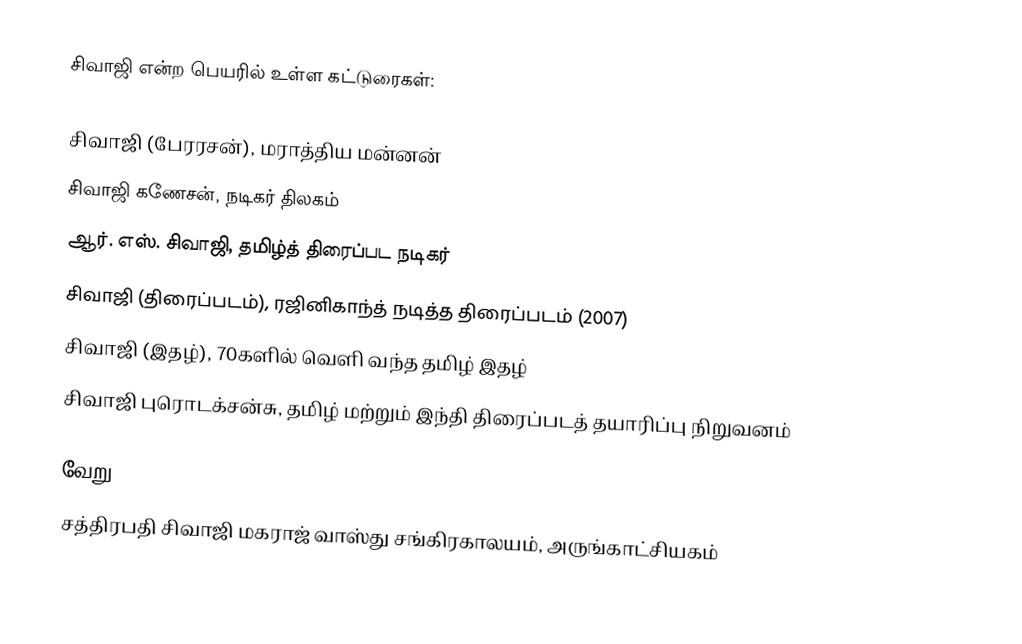
சிவாஜி என்ற பெயரில் உள்ள கட்டுரைகள்:

சிவாஜி (பேரரசன்), மராத்திய மன்னன்
சிவாஜி கணேசன், நடிகர் திலகம்
ஆர். எஸ். சிவாஜி, தமிழ்த் திரைப்பட நடிகர்
சிவாஜி (திரைப்படம்),  ரஜினிகாந்த் நடித்த திரைப்படம் (2007)
சிவாஜி (இதழ்), 70களில் வெளி வந்த தமிழ் இதழ்
சிவாஜி புரொடக்சன்சு, தமிழ் மற்றும் இந்தி திரைப்படத் தயாரிப்பு நிறுவனம்

வேறு
சத்திரபதி சிவாஜி மகராஜ் வாஸ்து சங்கிரகாலயம், அருங்காட்சியகம்